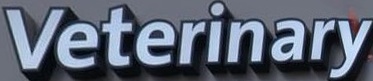
Veterinary